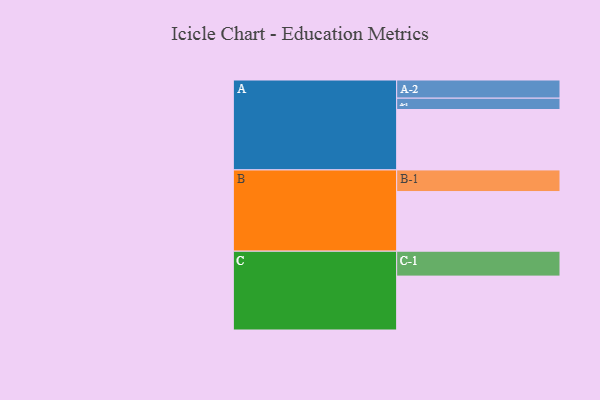
{"axis": {"x": "Segment", "y": "Value"}, "legend": ["", "A", "B", "C"], "data": [{"x": "A", "y": 592, "type": ""}, {"x": "B", "y": 584, "type": ""}, {"x": "C", "y": 528, "type": ""}, {"x": "A-1", "y": 111, "type": "A"}, {"x": "A-2", "y": 178, "type": "A"}, {"x": "B-1", "y": 212, "type": "B"}, {"x": "C-1", "y": 244, "type": "C"}]}